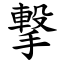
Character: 撃